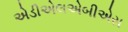
એડીએલએબીએસ